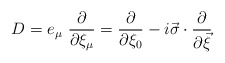
\begin{align*}D= e_{\mu} ~\frac{\partial}{\partial \xi_{\mu}} = \frac{\partial}{\partial \xi_{0}} -i\vec{\sigma} \cdot \frac{\partial}{\partial \vec{\xi}}\end{align*}